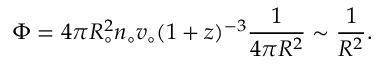
\Phi = 4 \pi R _ { \circ } ^ { 2 } n _ { \circ } v _ { \circ } ( 1 + z ) ^ { - 3 } { \frac { 1 } { 4 \pi R ^ { 2 } } } \sim { \frac { 1 } { R ^ { 2 } } } .